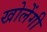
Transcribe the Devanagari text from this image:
खोलेंगी